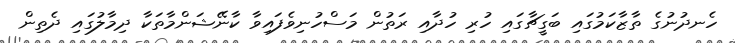
ހެނދުނުގެ ތާޒާކަމުގައި ބަގީޗާގައި ހުރި ހުދާއި ރަތުން މަސްހުނިވެފައިވާ ކާނޭޝަންމާތަކާ ދިމާލުގައި ދެތިން